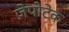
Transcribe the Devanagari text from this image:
ज़ेपोटेक